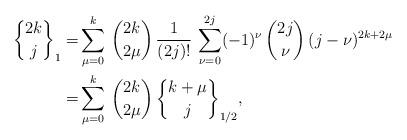
LaTeX: \begin{align*}{2k\brace j}_1 =& \sum_{\mu=0}^k\, {2k \choose 2\mu} \, \frac{1}{(2j)!} \, \sum_{\nu=0}^{2j} (-1)^\nu \, {2j\choose\nu}\, (j-\nu)^{2k+2\mu}\\ =& \sum_{\mu=0}^k \, {2k\choose 2\mu}\, {k+\mu\brace j}_{1/2},\end{align*}